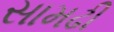
સામઢી